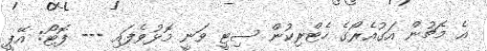
އެ މެޗުން އަގުއެރޯގެ ހެޓްރިކުން ސިޓީ ވަނީ މޮޅުވެފައި --- ފޮޓޯ: އޭޕީ